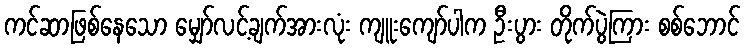
ကင်ဆာဖြစ်နေသော မျှော်လင့်ချက်အားလုံး ကျူးကျော်ပါက ဦးပွား တိုက်ပွဲကြား စစ်ဘောင်